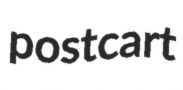
postcart